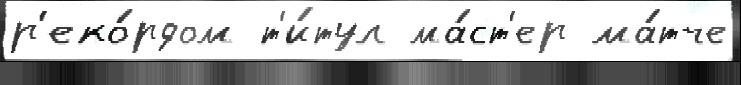
р'еко́рдом т'и́тул ма́ст'ер ма́тче